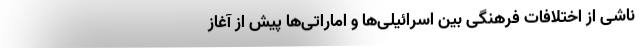
ناشی از اختلافات فرهنگی بین اسرائیلی‌ها و اماراتی‌ها پیش از آغاز